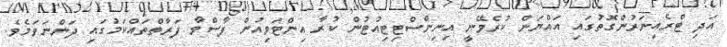
އަދި ޓްރެއިނަރުންގޮތުގައި އައްޔަން ކުރެވޭނީ އިނިންސްޓިޓިއުޓުން ކުރާ އިންޓަވިއުން ފާސްވާ ފަރާތްތައްކަމުގައި ދަންނަވަމެވެ.